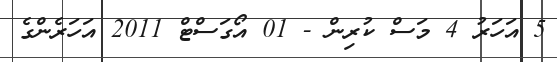
5 އަހަރު 4 މަސް ކުރިން - 01 އޯގަސްޓް 2011 އަހަރެންގެ